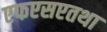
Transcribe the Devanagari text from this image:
एफएसएतथा